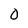
Character: 0